Annual report on the working of the mental hospitals in the Madras Presidency - 1912-1932
Year: 1912
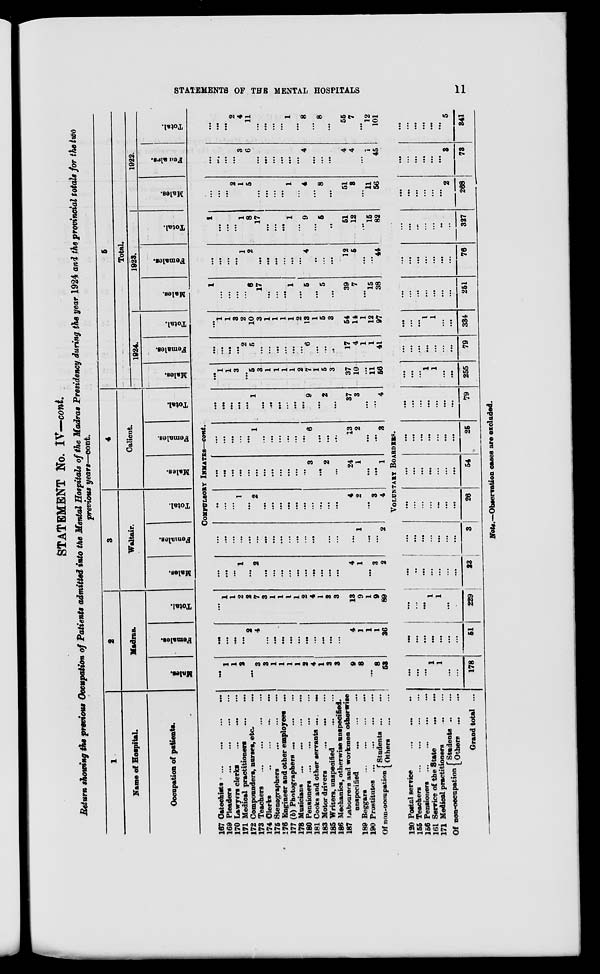
STATEMENTS OF THE MENTAL HOSPITALS
11
STATEMENT No. IV—cont.
Return showing the previous Occupation of Patients admitted into the Mental Hospitals of the Madras Presidency during the year 1924 and the provincial totals for the two
previous years—cont.
1
Name of Hospital.
Occupation of patients.
2
Madras.
Males.
Females.
Total.
3
Waltair.
Males.
Females.
Total.
4
Calicut.
Males.
Females.
Total.
5
Total.
1924.
Males.
Females.
Total.
1923.
Males.
Females.
Total.
1922.
Males.
Females.
Total.
COMPULSORY INMATES—cont.
167 Catechists ...
...
...
...
169
Pleaders
...
...
...
...
170 Lawyers clerks
...
...
...
171 Medical practitioners
...
...
172 Compounders, nurses, etc. ...
173 Teachers
...
...
...
...
174
Clerks
...
...
...
...
175 Stenographers
...
...
...
176 Engineer and other employees ...
177 (b) Photographers ...
...
...
178
Musicians
...
...
...
...
180
Pensioners ... ... ... ...
181 Cooks and other servants ...
...
183 Motor drivers
...
...
...
185 Writers, unspecified
...
...
186 Mechanics, otherwise unspecified.
187 Labourers and workmen otherwise
unspecified
...
...
...
189 Beggars
...
...
...
...
190 Prostitutes
...
...
...
...
Of non-occupation Students ... ...
Others
...
...
...
1
1
2
...
3
3
1
1
1
1
2
4
1
3
3
9
8
...
8
53
...
...
...
...
2
4
...
...
...
...
...
...
...
...
...
...
4
1
1
1
36
...
1
1
2
2
7
3
1
1
1
1
2
4
1
3
3
13
9
1
9
89
...
...
...
1
...
2
...
...
...
...
...
...
...
...
...
...
4
1
...
3
2
...
...
...
...
...
...
...
...
...
...
...
...
...
...
...
...
...
1
...
...
2
...
...
...
1
...
2
...
...
...
...
...
...
...
...
...
...
4
2
...
3
4
...
...
...
...
...
...
...
...
...
...
...
...
3
...
2
...
24
1
...
...
1
...
...
...
...
...
1
...
...
...
...
...
...
6
...
...
...
13
2
...
...
3
...
...
...
...
...
1
...
...
...
...
...
...
9
...
2
...
37
3
...
...
4
...
1
1
3
...
5
3
1
1
1
1
2
7
1
5
3
37
10
...
11
56
...
...
...
...
2
5
...
...
...
...
...
...
6
...
...
...
17
4
1
1
41
...
1
1
3
2
10
3
1
1
1
1
2
13
1
5
3
54
14
1
12
97
1
...
...
...
...
6
17
...
...
...
1
...
5
...
5
...
39
7
...
15
38
...
...
...
...
1
2
...
...
...
...
...
...
4
...
...
...
12
5
...
...
44
1
...
...
...
1
8
17
...
...
...
1
...
9
...
5
...
51
12
...
15
82
...
...
...
2
1
5
...
...
...
...
1
...
4
...
8
...
51
3
...
11
56
...
...
...
...
3
6
...
...
...
...
...
...
4
...
...
...
4
4
...
1
45
...
...
...
2
4
11
...
...
...
...
1
...
8
...
8
...
55
7
...
12
101
VOLUNTARY BOARDERS.
120 Postal service
...
... ...
155 Teachers
...
...
...
...
156 Pensioners ... ... ... ...
161 Service of the State ... ...
171 Medical practitioners
...
...
Of non-occupation Students ... ...
Others
...
...
Grand total ...
...
...
...
1
1
...
...
178
...
...
...
...
...
... ...
51
...
...
...
1
1
...
...
229
...
...
...
...
...
...
...
23
...
...
...
...
...
...
...
3
...
...
...
...
...
...
...
26
...
...
...
...
...
...
...
54
...
...
...
...
...
...
...
25
...
...
...
...
...
...
...
79
...
...
...
1
1
...
...
255
...
...
...
...
...
...
...
79
...
...
...
1
1
...
...
334
...
...
...
...
...
...
...
251
...
...
...
...
...
...
...
76
...
...
...
...
...
...
...
327
...
...
...
...
...
...
2
268
...
...
...
...
...
...
3
73
...
...
...
...
...
...
5
341
Note.—Observation cases are excluded.